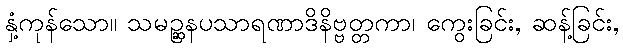
နှံ့ကုန်သော။ သမဉ္ဆနပသာရဏာဒိနိဗ္ဗတ္တကာ၊ ကွေးခြင်း, ဆန့်ခြင်း,